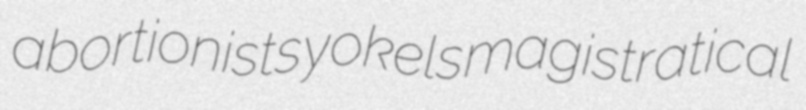
abortionists yokels magistratical